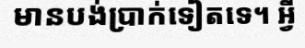
មានបង់ប្រាក់ទៀតទេ។ អ្វី